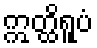
ဣတ္ထိရူပံ